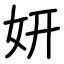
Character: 妍